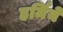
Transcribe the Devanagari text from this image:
हर्मिने